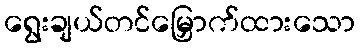
ရွေးချယ်တင်မြှောက်ထားသော